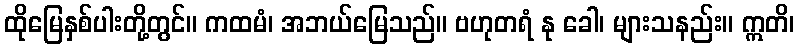
ထိုမြေနှစ်ပါးတို့တွင်။ ကထမံ၊ အဘယ်မြေသည်။ ဗဟုတရံ နု ခေါ၊ များသနည်း။ ဣတိ၊